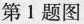
第1题图